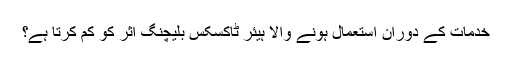
خدمات کے دوران استعمال ہونے والا ہیئر ٹاکسکس بلیچنگ اثر کو کم کرتا ہے؟